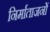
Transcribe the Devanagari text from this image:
निर्माताजनों